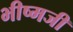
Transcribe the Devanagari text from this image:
भीष्मजी